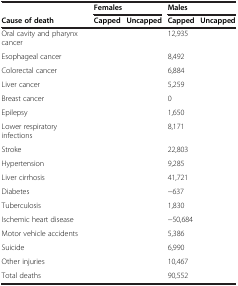
<table><thead><tr><td>[EMPTY_CELL]</td><td colspan="2"><b>Females</b></td><td colspan="2"><b>Males</b></td></tr><tr><td><b>Cause of death</b></td><td><b>Capped</b></td><td><b>Uncapped</b></td><td><b>Capped</b></td><td><b>Uncapped</b></td></tr></thead><tbody><tr><td>Oral cavity and pharynx cancer</td><td>[EMPTY_CELL]</td><td>[EMPTY_CELL]</td><td>12,935</td><td>[EMPTY_CELL]</td></tr><tr><td>Esophageal cancer</td><td>[EMPTY_CELL]</td><td>[EMPTY_CELL]</td><td>8,492</td><td>[EMPTY_CELL]</td></tr><tr><td>Colorectal cancer</td><td>[EMPTY_CELL]</td><td>[EMPTY_CELL]</td><td>6,884</td><td>[EMPTY_CELL]</td></tr><tr><td>Liver cancer</td><td>[EMPTY_CELL]</td><td>[EMPTY_CELL]</td><td>5,259</td><td>[EMPTY_CELL]</td></tr><tr><td>Breast cancer</td><td>[EMPTY_CELL]</td><td>[EMPTY_CELL]</td><td>0</td><td>[EMPTY_CELL]</td></tr><tr><td>Epilepsy</td><td>[EMPTY_CELL]</td><td>[EMPTY_CELL]</td><td>1,650</td><td>[EMPTY_CELL]</td></tr><tr><td>Lower respiratory infections</td><td>[EMPTY_CELL]</td><td>[EMPTY_CELL]</td><td>8,171</td><td>[EMPTY_CELL]</td></tr><tr><td>Stroke</td><td>[EMPTY_CELL]</td><td>[EMPTY_CELL]</td><td>22,803</td><td>[EMPTY_CELL]</td></tr><tr><td>Hypertension</td><td>[EMPTY_CELL]</td><td>[EMPTY_CELL]</td><td>9,285</td><td>[EMPTY_CELL]</td></tr><tr><td>Liver cirrhosis</td><td>[EMPTY_CELL]</td><td>[EMPTY_CELL]</td><td>41,721</td><td>[EMPTY_CELL]</td></tr><tr><td>Diabetes</td><td>[EMPTY_CELL]</td><td>[EMPTY_CELL]</td><td>−637</td><td>[EMPTY_CELL]</td></tr><tr><td>Tuberculosis</td><td>[EMPTY_CELL]</td><td>[EMPTY_CELL]</td><td>1,830</td><td>[EMPTY_CELL]</td></tr><tr><td>Ischemic heart disease</td><td>[EMPTY_CELL]</td><td>[EMPTY_CELL]</td><td>−50,684</td><td>[EMPTY_CELL]</td></tr><tr><td>Motor vehicle accidents</td><td>[EMPTY_CELL]</td><td>[EMPTY_CELL]</td><td>5,386</td><td>[EMPTY_CELL]</td></tr><tr><td>Suicide</td><td>[EMPTY_CELL]</td><td>[EMPTY_CELL]</td><td>6,990</td><td>[EMPTY_CELL]</td></tr><tr><td>Other injuries</td><td>[EMPTY_CELL]</td><td>[EMPTY_CELL]</td><td>10,467</td><td>[EMPTY_CELL]</td></tr><tr><td>Total deaths</td><td>[EMPTY_CELL]</td><td>[EMPTY_CELL]</td><td>90,552</td><td>[EMPTY_CELL]</td></tr></tbody></table>